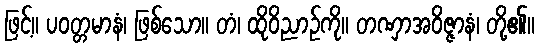
ဖြင့်။ ပဝတ္တမာနံ၊ ဖြစ်သော။ တံ၊ ထိုဝိညာဉ်ကို။ တဏှာအဝိဇ္ဇာနံ၊ တို့၏။